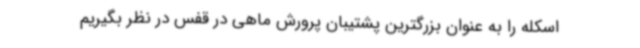
اسکله را به عنوان بزرگترین پشتیبان پرورش ماهی در قفس در نظر بگیریم